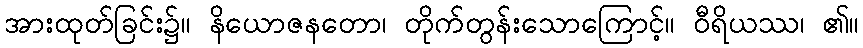
အားထုတ်ခြင်း၌။ နိယောဇနတော၊ တိုက်တွန်းသောကြောင့်။ ဝီရိယဿ၊ ၏။